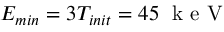
E _ { m i n } = 3 T _ { i n i t } = 4 5 \; \mathrm { ~ k ~ e ~ V ~ }